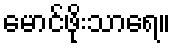
မောင်ဖိုးသာရေ။